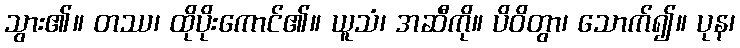
သွား၏။ တဿ၊ ထိုပိုးကောင်၏။ ယူသံ၊ အဆီကို။ ပိဝိတွာ၊ သောက်၍။ ပုန၊